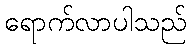
ရောက်လာပါသည်